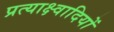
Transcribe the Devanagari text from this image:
प्रत्याक्ष्वादियों